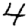
Digit: 4